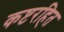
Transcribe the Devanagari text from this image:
कष्टरहित